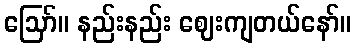
ဪ။ နည်းနည်း ဈေးကျတယ်နော်။